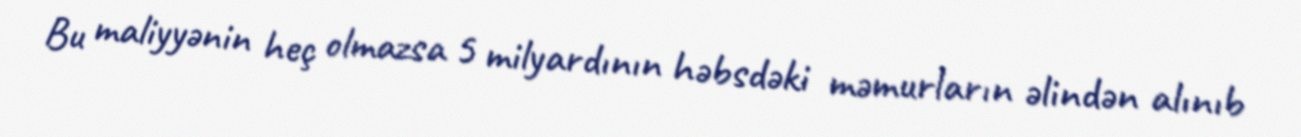
Bu maliyyənin heç olmazsa 5 milyardının həbsdəki məmurların əlindən alınıb